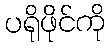
ပရိုဖိုင်ကို